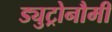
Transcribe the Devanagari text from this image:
ड्युट्रोनौमी